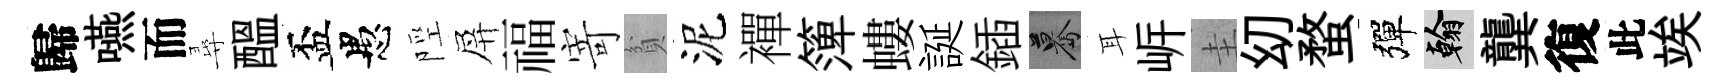
歸嚥而尋醖盃愚陘屏福寄貧泥襌𥱼螻誕鍤驀耳㟁圭㓜蝥彈翰龔復此竢